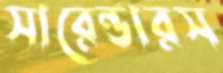
সারেন্ডারস